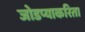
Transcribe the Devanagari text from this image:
जोडप्याकरिता